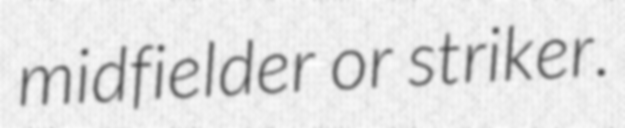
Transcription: midfielder or striker.